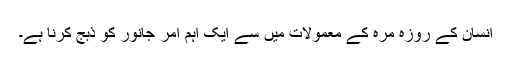
انسان کے روزہ مرہ کے معمولات میں سے ایک اہم امر جانور کو ذبج کرنا ہے۔